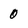
Character: 0